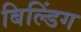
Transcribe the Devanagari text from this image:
बिल्‍डिंग